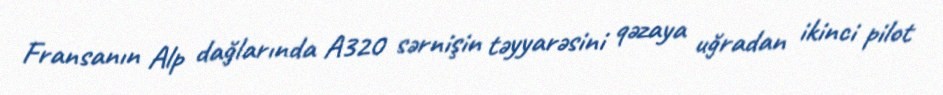
Fransanın Alp dağlarında A320 sərnişin təyyarəsini qəzaya uğradan ikinci pilot